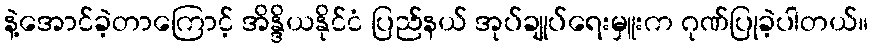
နဲ့အောင်ခဲ့တာကြောင့် အိန္ဒိယနိုင်ငံ ပြည်နယ် အုပ်ချုပ်ရေးမှူးက ဂုဏ်ပြုခဲ့ပါတယ်။